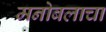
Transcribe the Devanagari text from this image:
मनोबलाचा